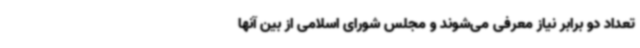
تعداد دو برابر نیاز معرفی می‌شوند و مجلس شورای اسلامی از بین آنها